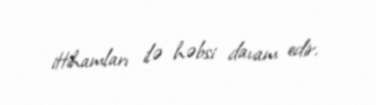
ittihamları ilə həbsi davam edir.